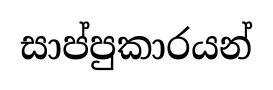
සාප්පුකාරයන්